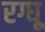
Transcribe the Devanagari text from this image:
रग्घू